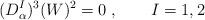
LaTeX: \begin{align*} (D^I_\alpha)^3(W)^2=0\;, \qquad I=1,2\end{align*}